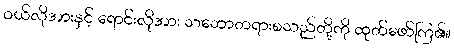
ဝယ်လိုအားနှင့် ရောင်းလိုအား သဘောတရားစသည်တို့ကို ထုတ်ဖော်ကြ၏။